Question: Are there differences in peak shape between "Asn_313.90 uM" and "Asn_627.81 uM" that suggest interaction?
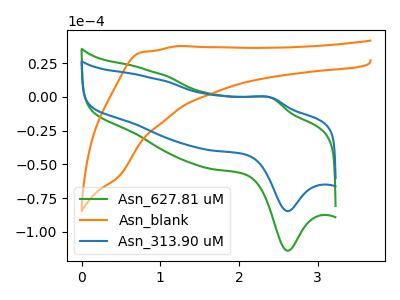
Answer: <think>The green curve "Asn_627.81 uM" has an anodic peak at (2.40V, -0.75uA) and a cathodic peak at (2.60V, -113.95uA). The orange curve "Asn_blank" has no peaks. The blue curve "Asn_313.90 uM" has an anodic peak at (2.40V, -0.55uA) and a cathodic peak at (2.60V, -84.60uA).
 All the peaks in "Asn_313.90 uM" have a peak in "Asn_627.81 uM" at the same potential.</think>
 <answer>No, "Asn_313.90 uM" and "Asn_627.81 uM" don't appear to be significantly different in shape</answer>
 <eval>no_change</eval>